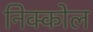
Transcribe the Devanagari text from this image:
निक्कोल